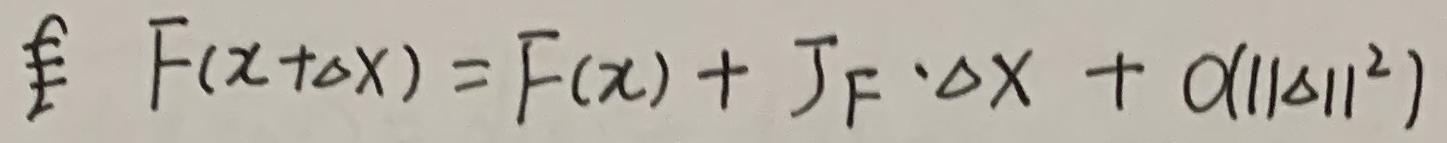
$\mathrm{F}(x+\Delta x)=\mathrm{F}(x)+J_{\mathrm{F}}\cdot\Delta x + o(\|\Delta\|^2)$